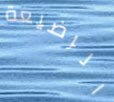
الرضيعة